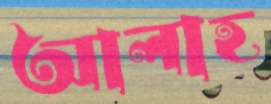
আলাহ